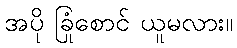
အပို ခြုံစောင် ယူမလား။